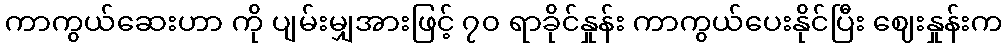
ကာကွယ်ဆေးဟာ ကို ပျမ်းမျှအားဖြင့် ၇၀ ရာခိုင်နှုန်း ကာကွယ်ပေးနိုင်ပြီး ဈေးနှုန်းက